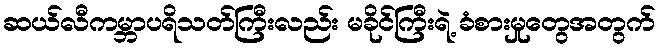
ဆယ်လီကမ္ဘာပရိသတ်ကြီးလည်း မခိုင်ကြီးရဲ့ ခံစားမှုတွေအတွက်